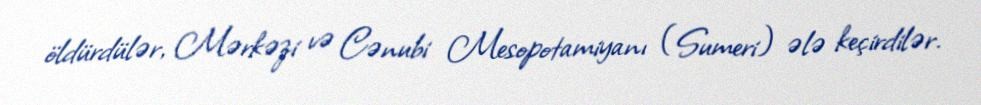
öldürdülər, Mərkəzi və Cənubi Mesopotamiyanı (Sumeri) ələ keçirdilər.